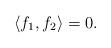
LaTeX: \begin{align*}\langle f_1, f_2 \rangle = 0.\end{align*}